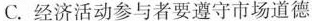
C.经济活动参与者要遵守市场道德